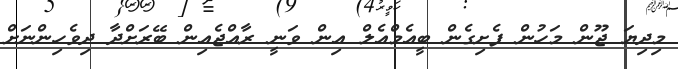
މިދިޔަ ޖޫން މަހުން ފެށިގެން ބީއެމްއެލް އިން ވަނީ ރާއްޖެއިން ބޭރަށްދާ ދިވެހިންނަށް